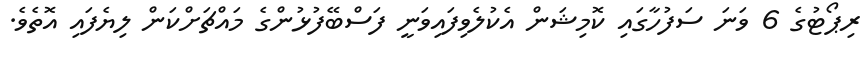
ރިޕޯޓުގެ 6 ވަނަ ސަފުހާގައި ކޮމިޝަން އެކުލެވިފައިވަނީ ފަސްބޭފުޅުންގެ މައްޗަށްކަން ލިޔެފައި އޮތެވެ.